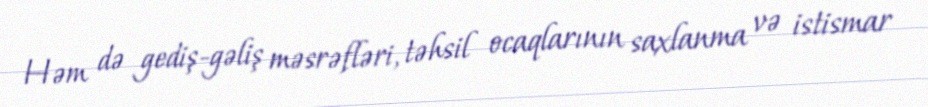
Həm də gediş-gəliş məsrəfləri, təhsil ocaqlarının saxlanma və istismar